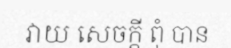
វាយ សេចក្តី ពុំ បាន